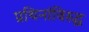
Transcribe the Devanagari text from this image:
प्रथिनांविरुद्ध